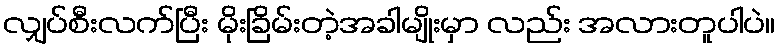
လျှပ်စီးလက်ပြီး မိုးခြိမ်းတဲ့အခါမျိုးမှာ လည်း အလားတူပါပဲ။